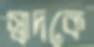
স্বাদকে